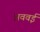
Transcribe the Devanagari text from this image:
अववई